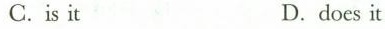
C.is it D.does it